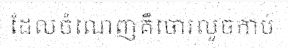
ដែលចំណេញគឺចោរលួចកាប់